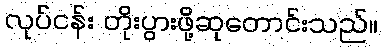
လုပ်ငန်း တိုးပွားဖို့ဆုတောင်းသည်။